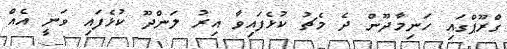
ގްރޫޕްގައި ހަނިމާދޫން ދެ މެޗު ކުޅެފައިވާ އިރު ލަންދޫ ކުޅެފައި ވަނީ އެއް